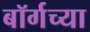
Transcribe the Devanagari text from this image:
बॉर्गच्या